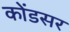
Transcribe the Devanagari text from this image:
कोंडसर